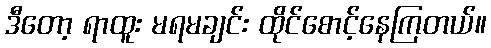
ဒီတော့ ရာထူး မရမချင်း ထိုင်စောင့်နေကြတယ်။